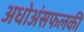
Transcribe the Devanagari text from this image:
अधोअंसफलकी